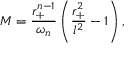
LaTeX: M = \frac { r _ { + } ^ { n - 1 } } { \omega _ { n } } \left( \frac { r _ { + } ^ { 2 } } { l ^ { 2 } } - 1 \right) ,